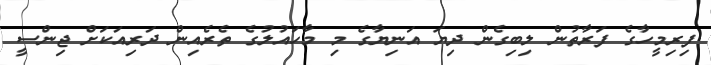
ފިރިމީހާގެ ފަރާތުން ލިބިގެން ދިޔަ އަނިޔާގެ މި މާހައުލުގެ ތެރެއިން ދަރިއަކަށް ޖިންސީ